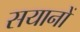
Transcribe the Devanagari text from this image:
सयानों